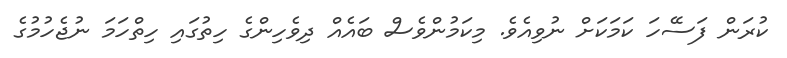
ކުރަން ފަސޭހަ ކަމަކަށް ނުވިއެވެ. މިކަމުންވެސް ބައެއް ދިވެހިންގެ ހިތުގައި ހިތްހަމަ ނުޖެހުމުގެ